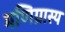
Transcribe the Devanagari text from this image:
मणिग्रास्य